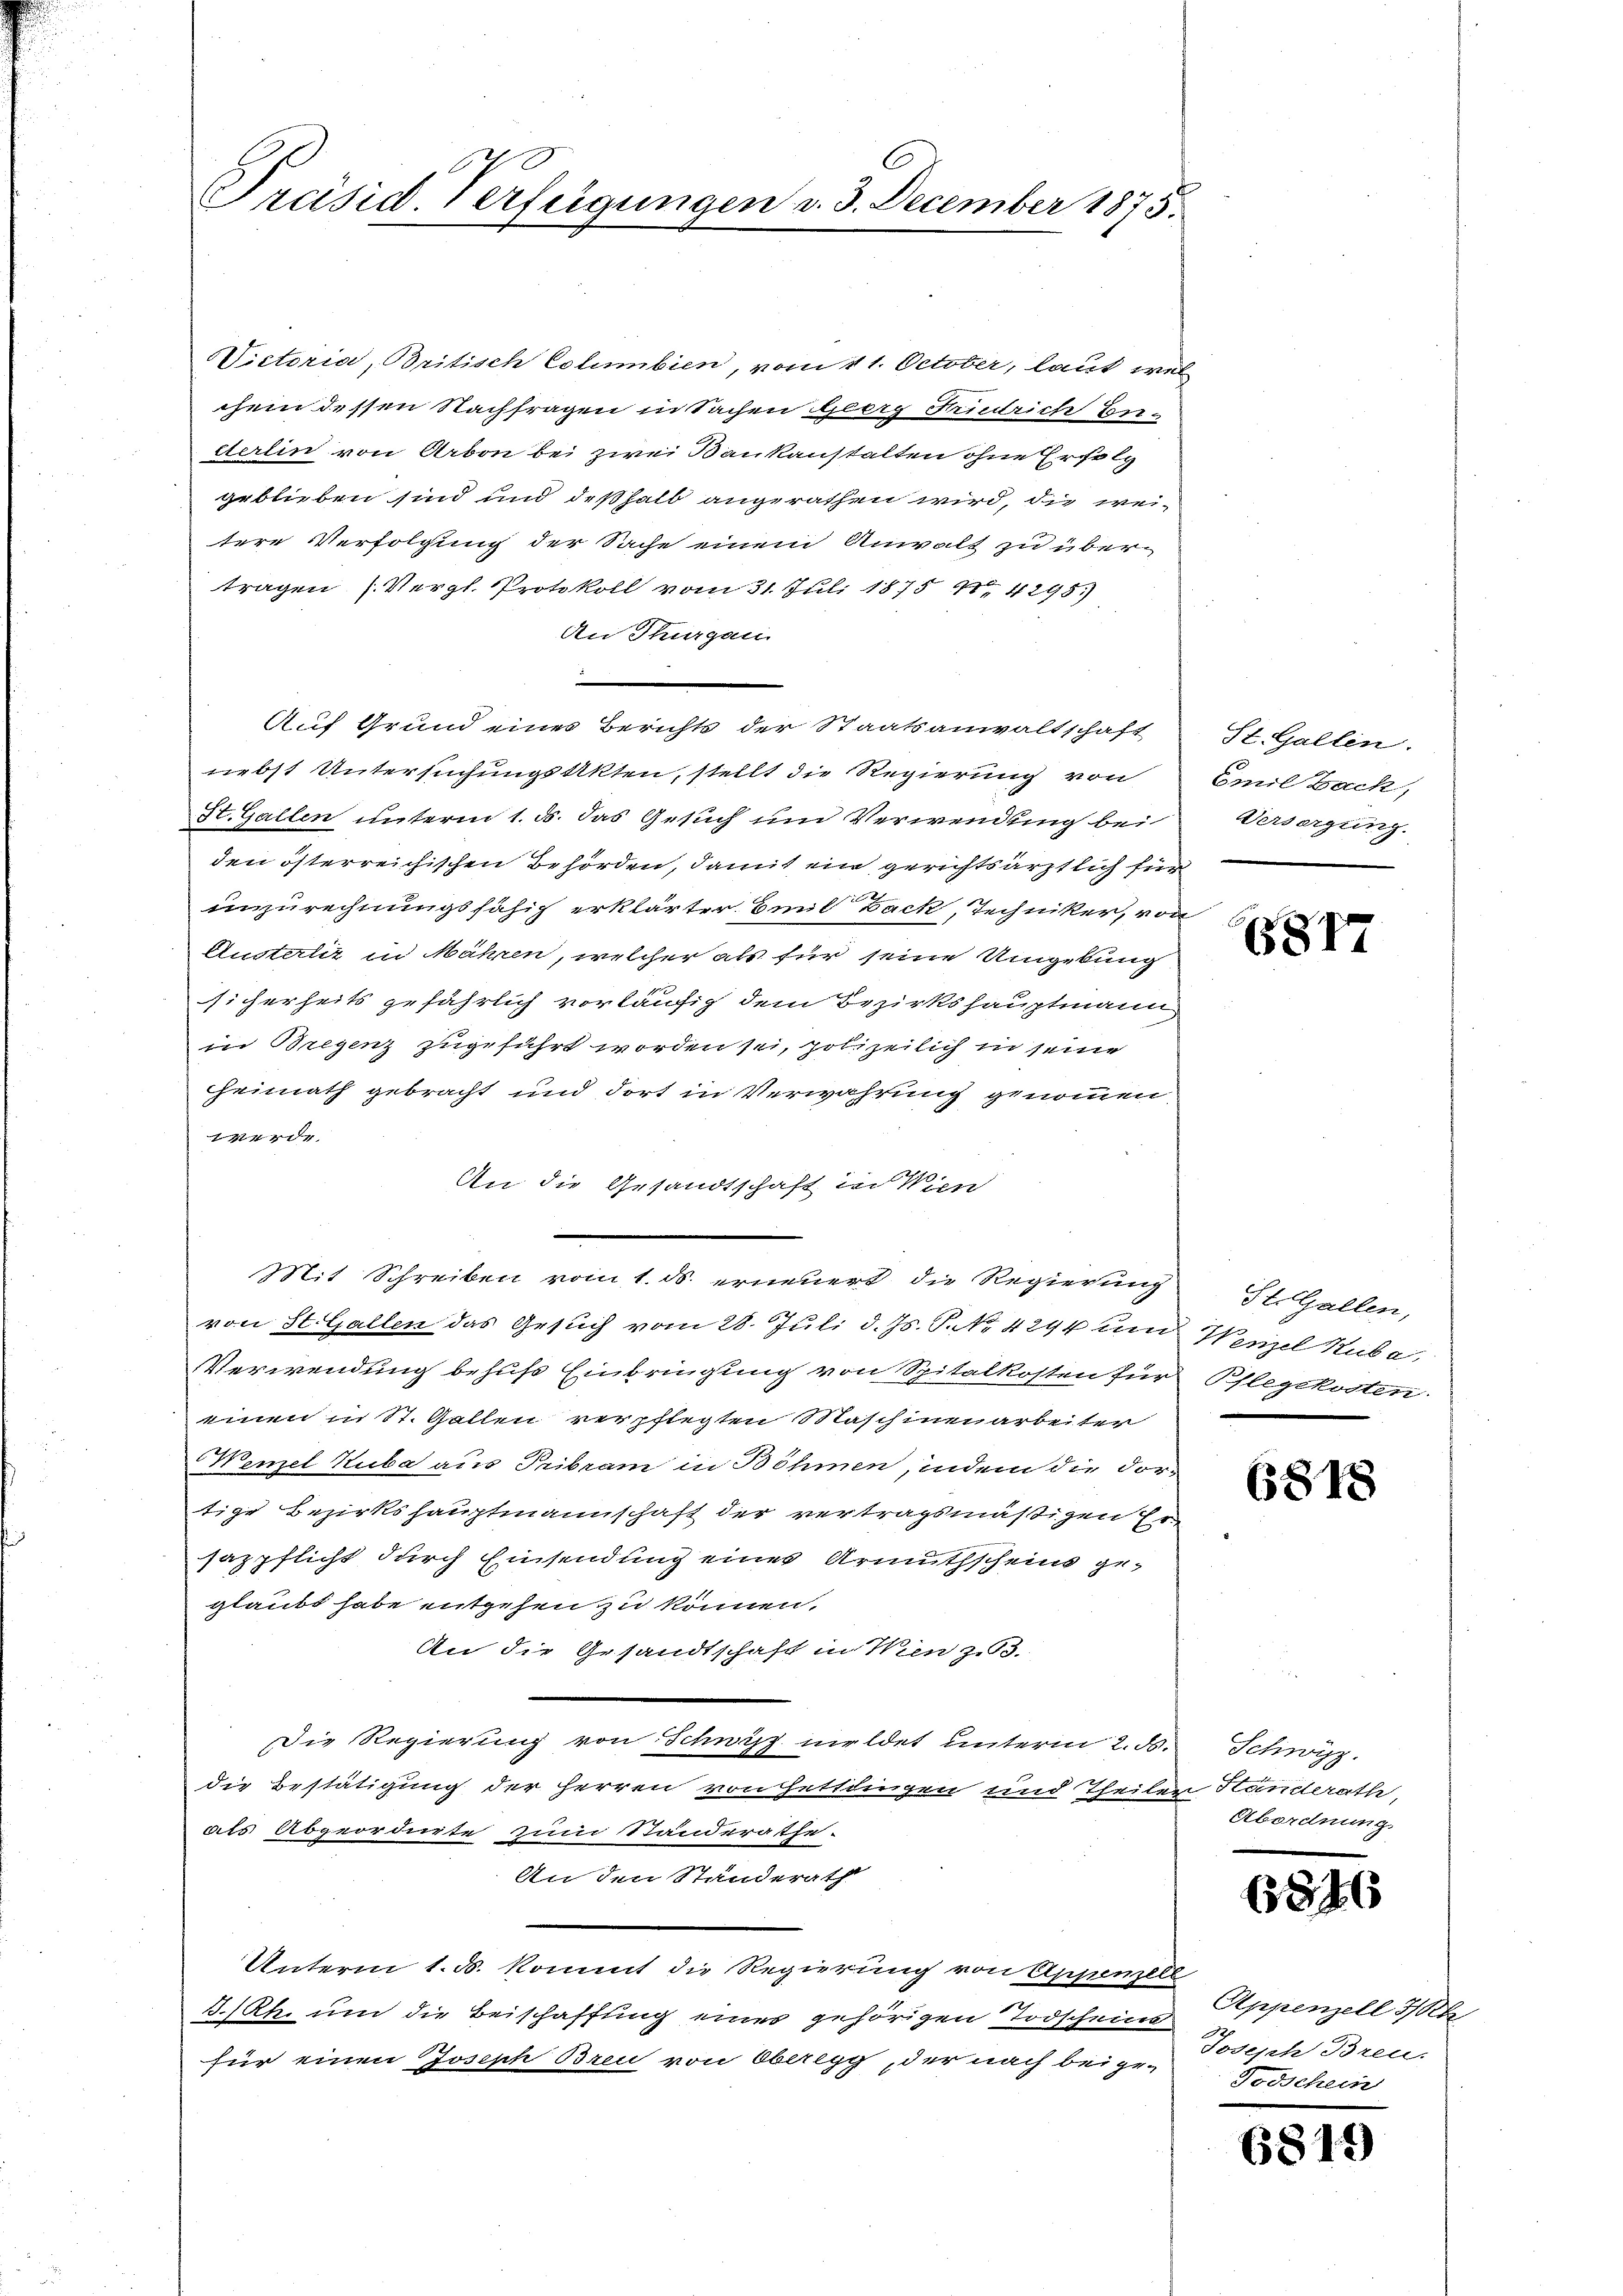
240
Präsid. Verfügungen v. 3. December 1875.

Victoria, Britisch Columbien, vom 11. October, laut welc
chem dessen Nachfragen in Sachen Georg Friedrich Be-
derlin von Arbon bei zwei Baukanstalten ohne Erfolg
geblieben sind und deßhalb angerathen wird, die weitere Verfolgung der Sache einem Anwalt zu über-
tragen (Vergl. Protokoll vom 31. Juli 1875 u. 4298)
An Thurgau.
e
Auf Grund eines Berichts der Staatsanwaltschaft
nebst Untersuchungsakten, stellt die Regierung von
St. Gallen unterm 1. d. das Gesuch und Verwendung bei
den österreichischen Behörden, damit ein gerichtsärztlich für
unzurechnungsfähig erklärter Emil Back, Techniker, von
Austerliz in Mähren, welcher als für seine Umgebung
sicherheits gefährlich vorläufig dem Bezirkshauptmann
in Bregenz zugeführt worden sei, polizeilich in seine
heimath gebracht und dort in Verwahrung genommen,

An die Gesandtschaft in Wien
e
Mit Schreiben vom 1. ds. erneuert die Regierung StGallen,
von St. Gallen das Gesuch vom 28. Juli d. Js. P. No 4244 und Wenzel Hube
Verwendung behufs Einbringung von Spitalkosten für Pflegekosten.
einen in St. Gallen verpflegten Maschinearbeiter
Wenzel Kuba aus Pribram in Böhmen, indem die For-
tige Bezirkshauptmannschaft der vertragsmäßigen Ersazpflicht durch Einsendung eines Armuthscheins geglaubt habe entgehen zu können.
An die Gesandtschaft in Wien zu 3.
Die Regierung von Schwyz meldet unterm 2. ds.
die Bestätigung der Herren von Hettlingen und Theilen Ständerath,
aals Abgeordnete zum Standeräthe.
An den Standerath
Unterm 1. d. kommt die Regierung von Appenzell
3.Rh. um die Beischaffung eines gehörigen Todscheins
für einen Joseph Breu von Oberegg, der nach beige-Podeph Breu-

St. Gallen.
Emil Zack,
Versetzung.

6817

6818

Schwyz.
Abordnung.

6846

Appenzell I/Rh
Todschein

687

)